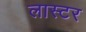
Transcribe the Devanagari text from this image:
लास्टर